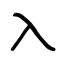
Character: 入